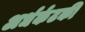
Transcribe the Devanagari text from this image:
अर्धर्कटकी